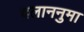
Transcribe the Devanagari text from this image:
दलाननुमा